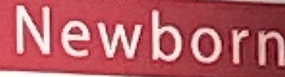
Newborn